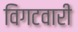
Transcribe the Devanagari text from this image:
विगटवारी